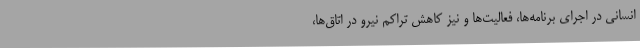
انسانی در اجرای برنامه‌ها، فعالیت‌ها و نیز کاهش تراکم نیرو در اتاق‌ها،